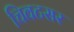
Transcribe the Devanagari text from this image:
चिवटसर